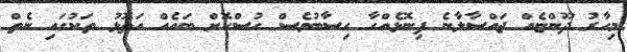
މިހާރު ދޫންޏެއް ޖައްސާލާނެ ފިނޮޅެއްހާ ހިސާބުވެސް ހުސްކޮށް ބައެއް އަތޮޅު ތަކުގައި ނެތް